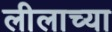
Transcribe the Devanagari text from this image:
लीलाच्या